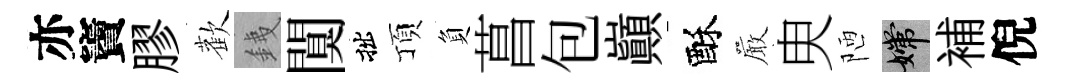
亦竇膠歡銕闃拙頂負菖包巔酥巖㬰陋嫦補倪